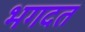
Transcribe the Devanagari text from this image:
भगदत